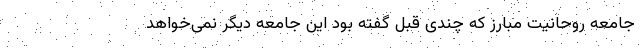
جامعه روحانیت مبارز که چندی قبل گفته بود این جامعه دیگر نمی‌خواهد